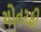
ચોતરફી